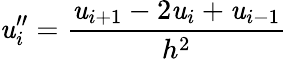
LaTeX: \mathit{u}_{i}^{\prime\prime}={\frac{{\mathit{u}_{i+1}-2\mathit{u}_{i}+\mathit{u}_{i-1}}}{{h^{2}}}}